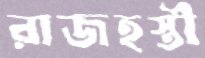
রাজহস্তী